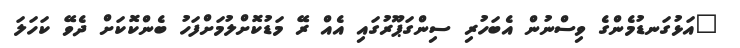
"އަޅުގަނޑުމެންގެ ވިސްނުން އެބަހުރި ސިންގަޕޫރުގައި އެއް ރޭ މަޑުކޮށްލުމަށްފަހު ބެންކޮކަށް ދެވޭ ކަހަލަ